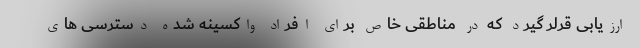
ارزیابی قرلر گیرد که در مناطقی خاص برای افراد واکسینه شده دسترسی های